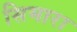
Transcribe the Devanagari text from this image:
सिमारा